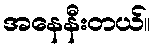
အနေနီးတယ်။